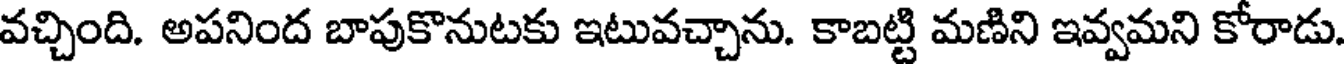
వచ్చింది. అపనింద బాపుకొనుటకు ఇటువచ్చాను. కాబట్టి మణిని ఇవ్వమని కోరాడు.